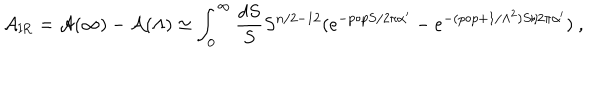
{ \cal A } _ { \mathrm { I R } } = { \cal A } ( \infty ) - { \cal A } ( \Lambda ) \simeq \int _ { 0 } ^ { \infty } \frac { d S } { S } S ^ { n / 2 - 1 2 } ( e ^ { - p \circ p S / 2 \pi \alpha ^ { \prime } } - e ^ { - ( p \circ p + 1 / \Lambda ^ { 2 } ) S / 2 \pi \alpha ^ { \prime } } ) ~ ,